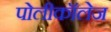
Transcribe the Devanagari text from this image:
पोलीकॉलेज